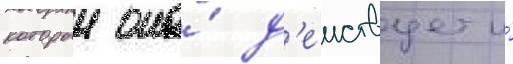
которыи она́ д'еиствует и́